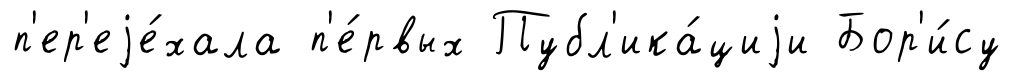
п'ер'еjе́хала п'е́рвых Публ'ика́циjи Бор'и́су